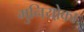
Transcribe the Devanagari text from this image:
मुनियो़का